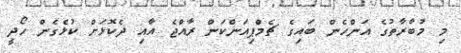
މި މުބާރާތުގެ އަންހެން ބައިގެ ޗެމްޕިއަންކަން ރާއްޖެ އާއި ދެކޮޅަށް ކުޅެގެން ހޯދީ